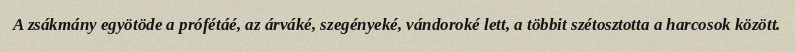
A zsákmány egyötöde a prófétáé, az árváké, szegényeké, vándoroké lett, a többit szétosztotta a harcosok között.